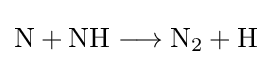
{\mathrm {N} {}+{}\mathrm {NH} {}\mathrel {\longrightarrow } {}\mathrm {N} {\vphantom {A}}_{\smash[{t}]{2}}{}+{}\mathrm {H} }